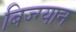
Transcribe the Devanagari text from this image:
बिज्ग्यान